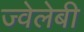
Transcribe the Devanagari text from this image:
ज्वेलेबी